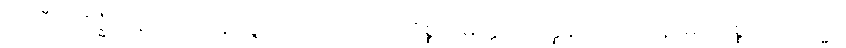
ဒုဿီလျဝိဒ္ဓံသနတာ, အနဝဇ္ဇဂုဏော တထာ၊ ကိစ္စသမ္ပတ္တိအတ္ထေန, ရသော နာမ ပဝုစ္စတိ။ တသ္မာ